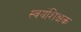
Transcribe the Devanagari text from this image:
स्वयंशिक्षक